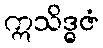
ဣသိဒ္ဓဇံ